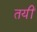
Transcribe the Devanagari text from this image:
तयीं